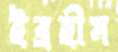
ইব্রহীম